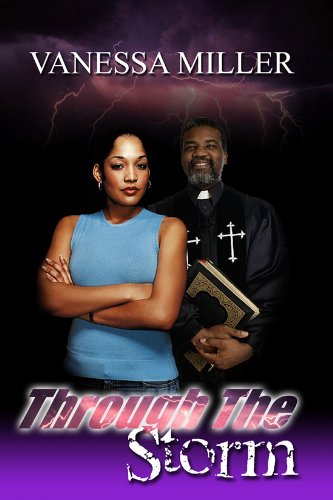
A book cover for Through the Storm (Urban Books); Vanessa Miller; Literature & Fiction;